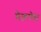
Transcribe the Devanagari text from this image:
मेजरमेण्ट